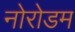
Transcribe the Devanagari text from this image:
नोरोडम